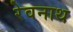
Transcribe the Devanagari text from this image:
रेवनाथ